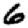
Digit: 6